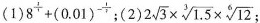
(1)$$8 ^ { \frac { 1 } { 4 } } + ( 0 . 0 1 ) ^ { - \frac { 1 } { 2 } }$$；(2)$$2 \sqrt { 3 } \times \sqrt [ 3 ] { 1 . 5 } \times \sqrt [ 6 ] { 1 2 }$$；